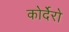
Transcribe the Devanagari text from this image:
कोर्देरो